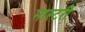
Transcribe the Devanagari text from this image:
मास्‍टरी